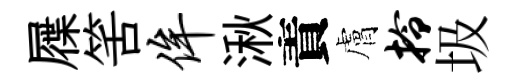
屧筈侔湫責膚拎圾